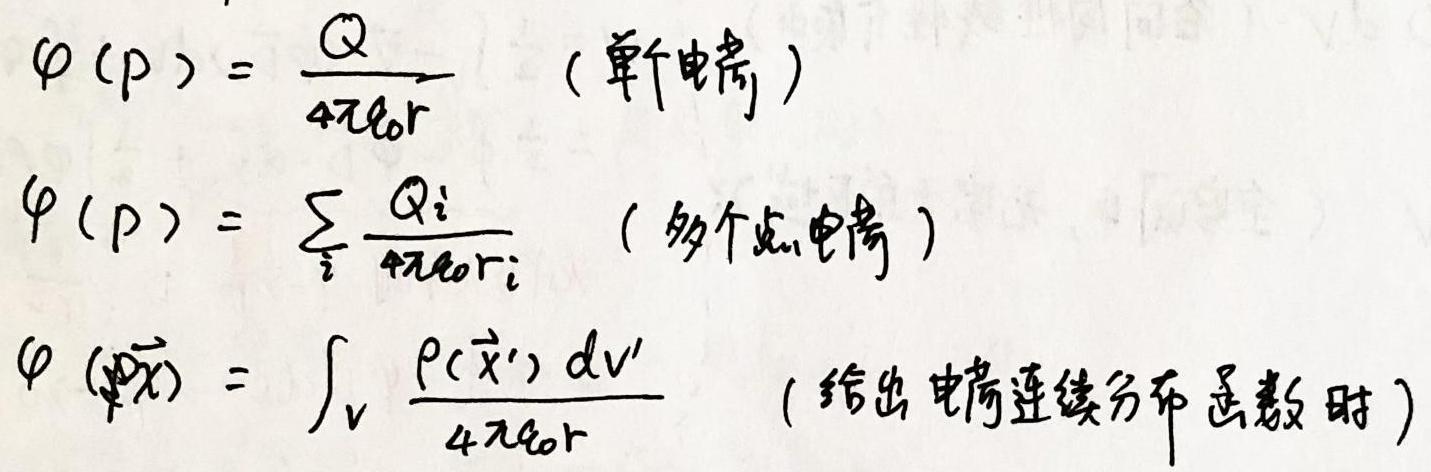
\[
\begin{align*}
\varphi(p)&=\frac{Q}{4\pi\epsilon_0r}\quad(\text{单个电荷})\\
\varphi(p)&=\sum_{i}\frac{Q_i}{4\pi\epsilon_0r_i}\quad(\text{多个点电荷})\\
\varphi(\vec{x})&=\int_{V}\frac{\rho(\vec{x}')dv'}{4\pi\epsilon_0r}\quad(\text{给出电荷连续分布函数时})
\end{align*}
\]